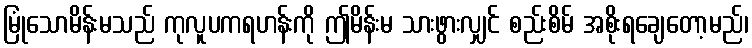
မြုံသောမိန်းမသည် ကုလူပကရဟန်းကို ဤမိန်းမ သားဖွားလျှင် စည်းစိမ် အစိုးရချေတော့မည်၊